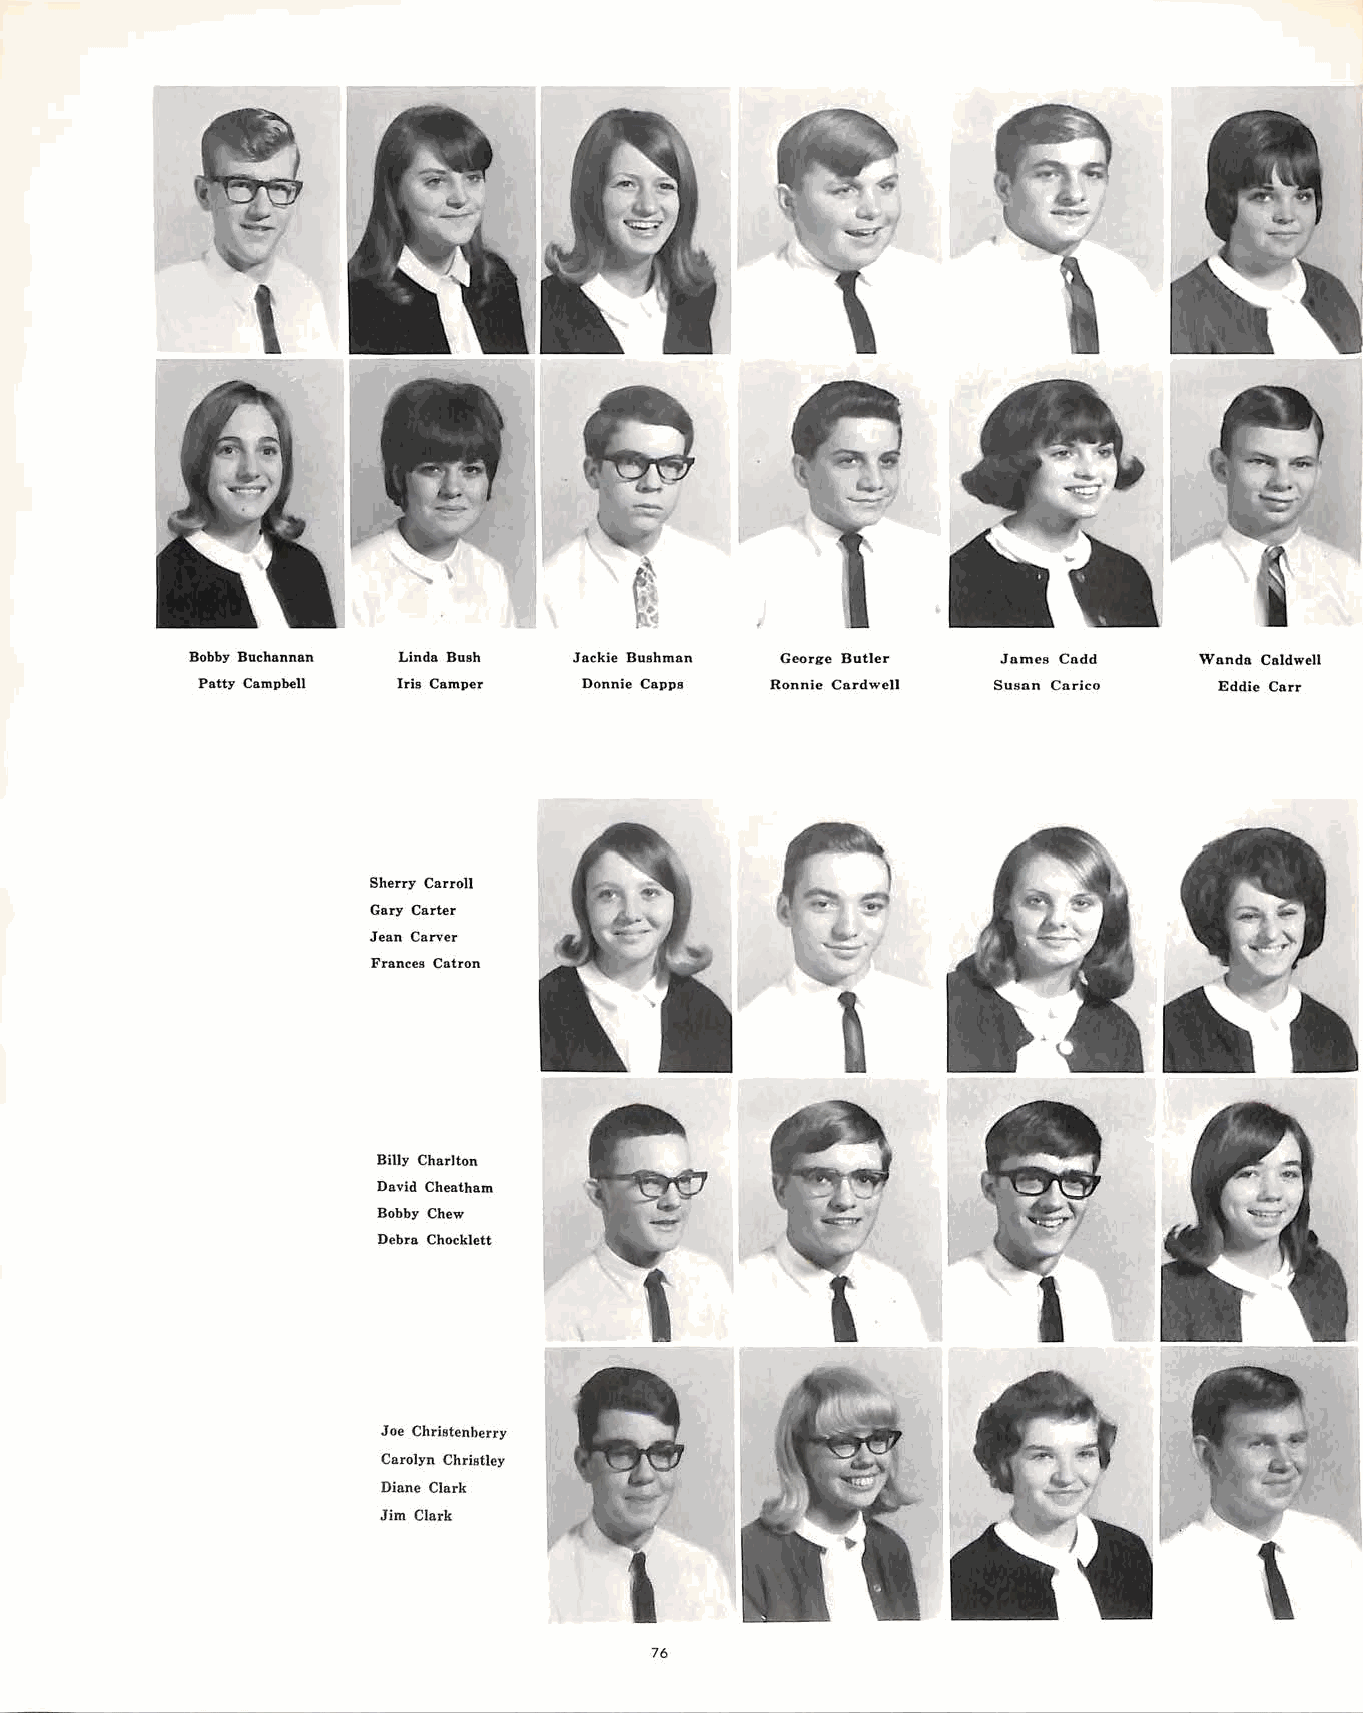
\
 Bobby Buchannan Linda Bush Jackie Bushman George Butler James Cadd Wanda Caldwell
 Patty Campbell Iris Camper Donnie Capps Ronnie Cardwell Susan Carico Eddie Carr
 Sherry Carroll
 Gary Carter
 Jean Carver
 Frances Catron
 Billy Charlton
 David Cheatham
 Bobby Chew
 Debra Chocklett
 Joe Christenberry
 Carolyn Christley
 Diane Clark
 Jim Clark
 76